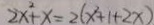
2 x ^ { 2 } + x = 2 ( x ^ { 2 } + 1 + 2 x )